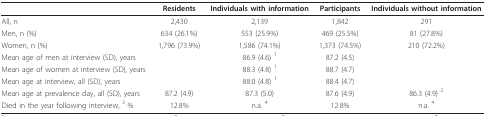
|  | Residents | Individuals with information | Participants | Individuals without information |
 | --- | --- | --- | --- | --- |
 | All, n | 2,430 | 2,139 | 1,842 | 291 |
 | Men, n (%) | 634 (26.1%) | 553 (25.9%) | 469 (25.5%) | 81 (27.8%) |
 | Women, n (%) | 1,796 (73.9%) | 1,586 (74.1%) | 1,373 (74.5%) | 210 (72.2%) |
 | Mean age of men at interview (SD), years |  | 86.9 (4.6) 1 | 87.2 (4.5) |  |
 | Mean age of women at interview (SD), years |  | 88.3 (4.8) 1 | 88.7 (4.7) |  |
 | Mean age at interview, all (SD), years |  | 88.0 (4.8) 1 | 88.4 (4.7) |  |
 | Mean age at prevalence day, all (SD), years | 87.2 (4.9) | 87.3 (5.0) | 87.6 (4.9) | 86.3 (4.9) 2 |
 | Died in the year following interview, 3 % | 12.8% | n.a. 4 | 12.8% | n.a. 4 |